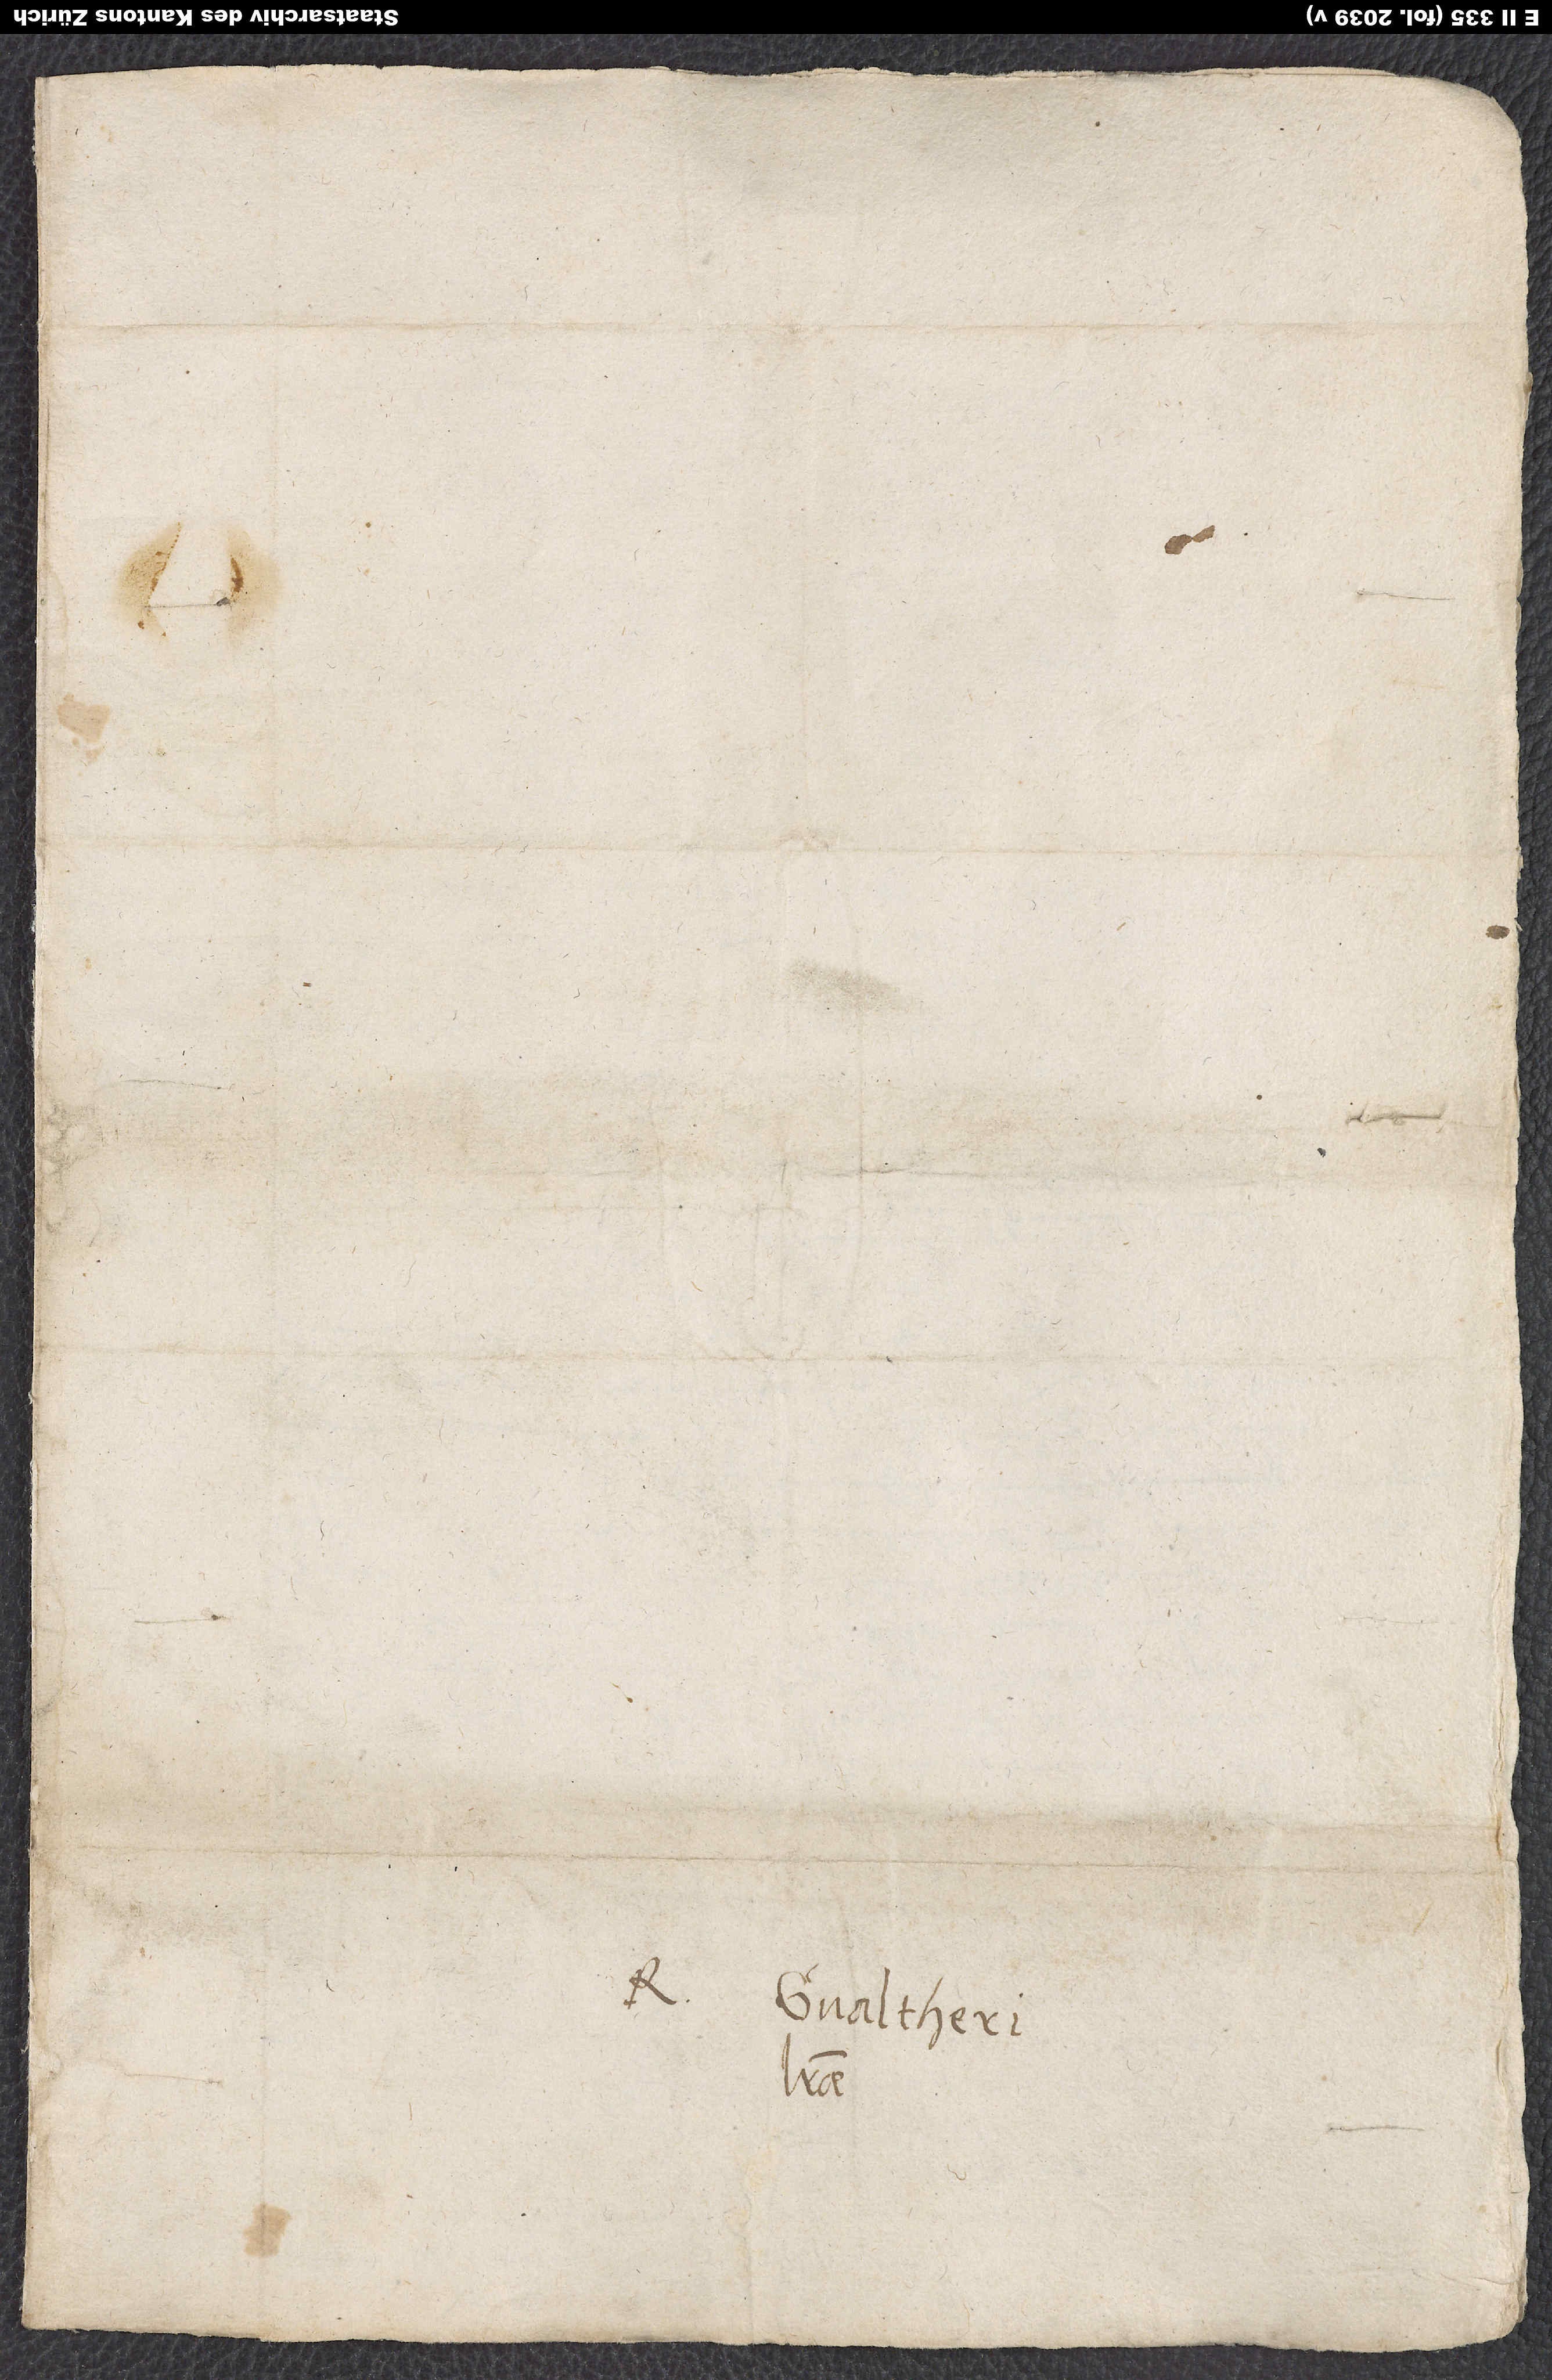
Gvaltherus.